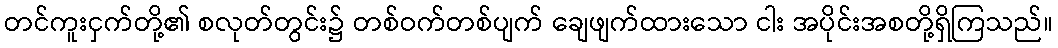
တင်ကူးငှက်တို့၏ စလုတ်တွင်း၌ တစ်ဝက်တစ်ပျက် ချေဖျက်ထားသော ငါး အပိုင်းအစတို့ရှိကြသည်။